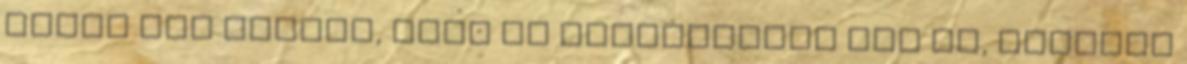
képes Írj cikket, vagy ha lehetőséged van rá, készíts